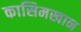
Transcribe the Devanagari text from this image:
कासिमखान